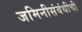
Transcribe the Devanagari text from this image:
जमिनीसंबंधीची